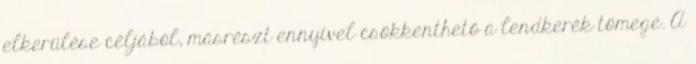
elkerülése céljából, másrészt ennyivel csökkenthető a lendkerék tömege. A